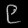
Digit: ၉